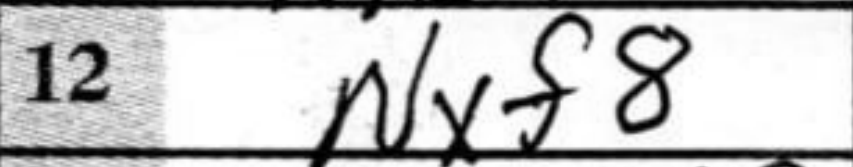
Transcription: Nxf8